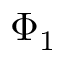
\Phi _ { 1 }